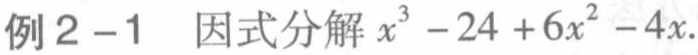
例2 - 1 因式分解 \(x^{3}-24 + 6x^{2}-4x\)